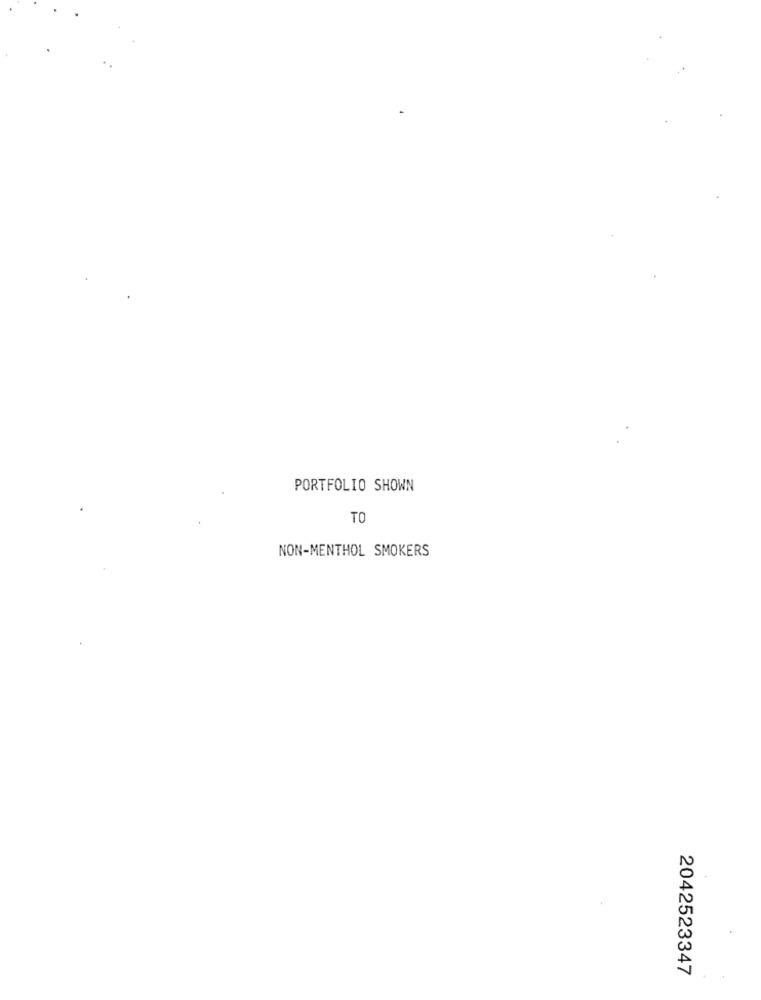
PORTFOLIO SHOWN
TO
NON-MENTHOL SMOKERS
2042523347